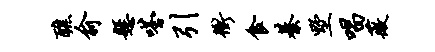
醮俞悬嗒引冲食綦墅唱薇